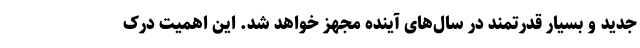
جدید و بسیار قدرتمند در سال‌های آینده مجهز خواهد شد. این اهمیت درک